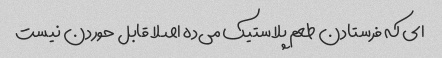
ای که فرستادن طعم پلاستیک می‌ده اصلا قابل حوردن نیست